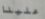
علينا